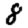
Digit: 8